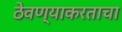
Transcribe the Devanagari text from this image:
ठेवण्याकरताचा